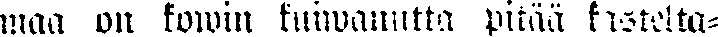
maa on kowin kuiwanutta pitää kastelta-